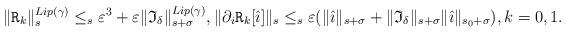
LaTeX: \begin{align*}\lVert \mathtt{R}_k \rVert_s^{Lip(\gamma)}\le_s\varepsilon^3+ \varepsilon \lVert \mathfrak{I}_{\delta} \rVert_{s+\sigma}^{Lip(\gamma)}, \lVert \partial_i \mathtt{R}_k [\hat{\imath}] \rVert_s\le_s \varepsilon (\lVert \hat{\imath} \rVert_{s+\sigma}+\lVert \mathfrak{I}_{\delta} \rVert_{s+\sigma} \lVert \hat{\imath} \rVert_{s_0+\sigma}), k=0,1.\end{align*}